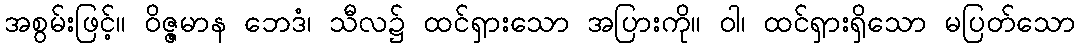
အစွမ်းဖြင့်။ ဝိဇ္ဇမာန ဘေဒံ၊ သီလ၌ ထင်ရှားသော အပြားကို။ ဝါ၊ ထင်ရှားရှိသော မပြတ်သော